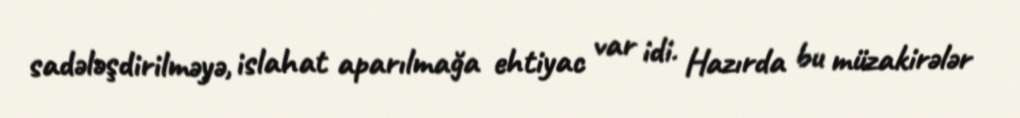
sadələşdirilməyə, islahat aparılmağa ehtiyac var idi. Hazırda bu müzakirələr